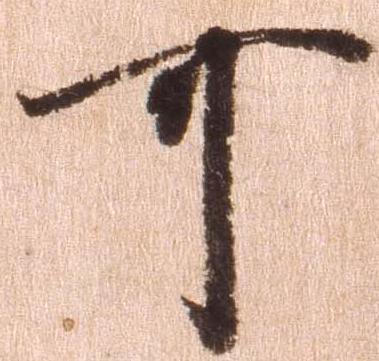
可